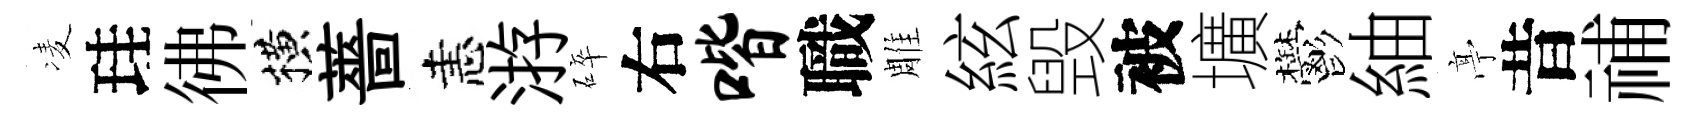
凌珪彿横薔恚㳺碎右喈職雕絃毁被壙鬱紬𠅘昔𥙷